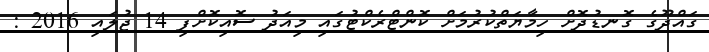
ގައްދޫގެ ގޮނޑުދޮށް ހިމާޔަތްކުރުމަށް ކޮންޓްރެކްޓުގައި މިއަދު ސޮއިކޮށްފި 14 ޖުލައި 2016 :